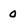
Character: 0